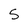
Character: 5